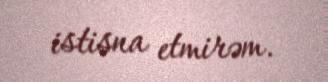
istisna etmirəm.